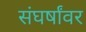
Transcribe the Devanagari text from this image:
संघर्षांवर